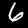
Digit: 6